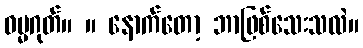
ဓမ္မဂုတ်။ ။ နောက်တော့ ဘာဖြစ်သေးသလဲ။